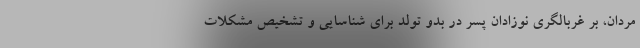
مردان، بر غربالگری نوزادان پسر در بدو تولد برای شناسایی و تشخیص مشکلات